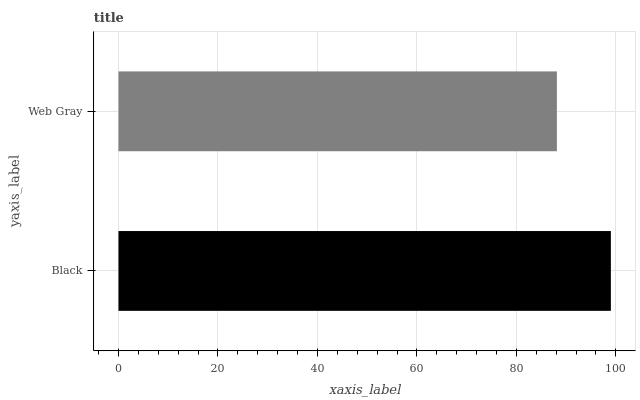
| yaxis_label | bars |
 | --- | --- |
 | Black | 99 |
 | Web Gray | 88.1 |